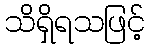
သိရှိရသဖြင့်